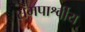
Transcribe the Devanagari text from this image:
समपार्श्वीय